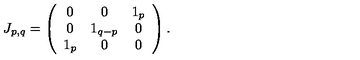
J _ { p , q } = \left( \begin{array} { c c c } { 0 } & { 0 } & { 1 _ { p } } \\ { 0 } & { 1 _ { q - p } } & { 0 } \\ { 1 _ { p } } & { 0 } & { 0 } \\ \end{array} \right) .